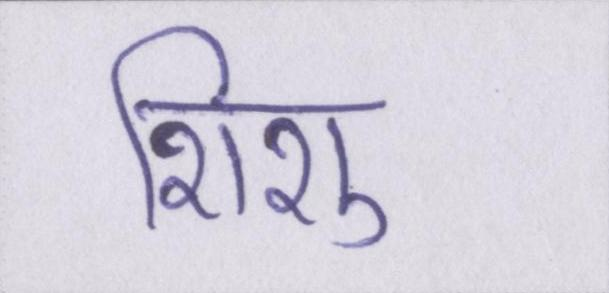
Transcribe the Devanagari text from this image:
शिशु